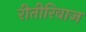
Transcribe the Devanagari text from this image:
रीतीरिवाज